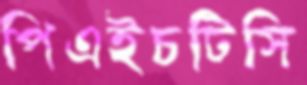
পিএইচটিসি